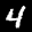
Label: 4